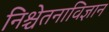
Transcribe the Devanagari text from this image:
निश्चेतनाविज्ञान